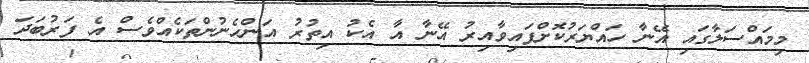
މިމައްސަލާގައި އޭނާ ހައްޔަރުކޮށްފައިވާއިރު އޭނާ އާ އެކު އިތުރު އަންހެނުންތަކެއްވެސް އެ ފަރުބަދަ